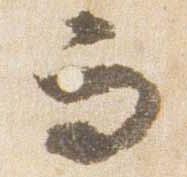
而